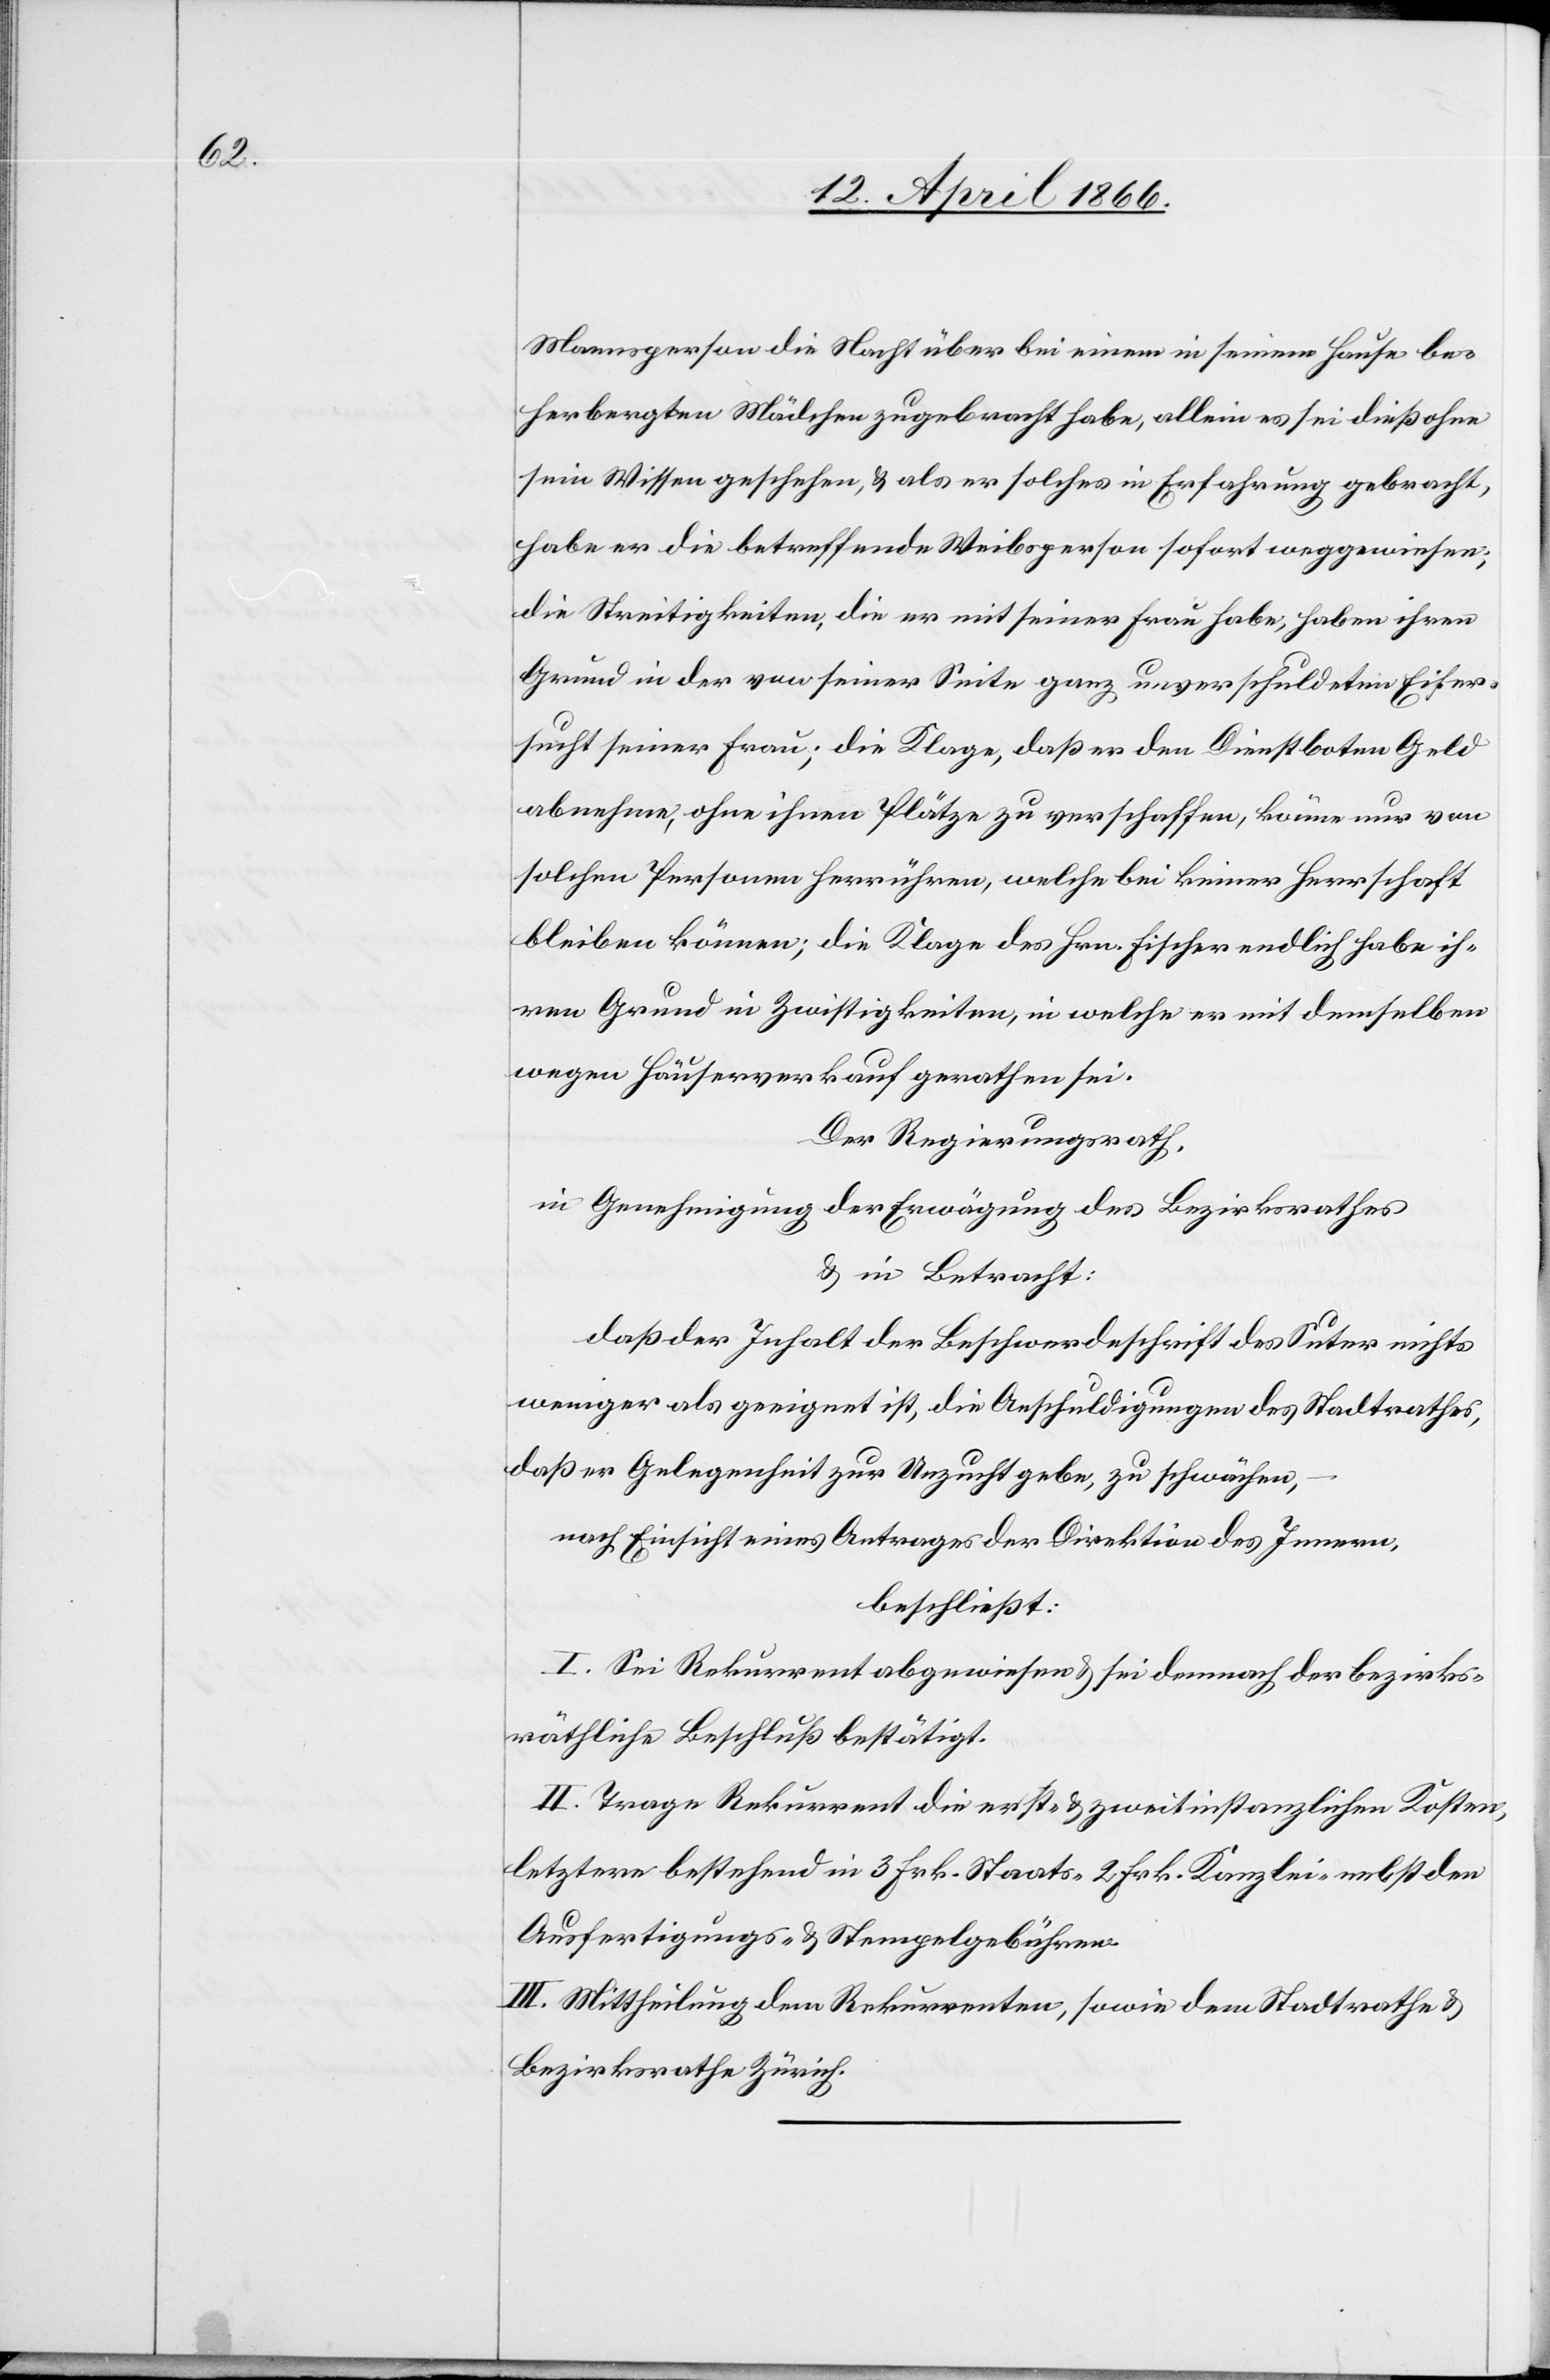
Mannsperson die Nacht über bei einem in seinem Hause be¬
herbergten Mädchen zugebracht habe, allein es sei dieß ohne
sein Wissen geschehen, u. als er solches in Erfahrung gebracht,
habe er die betreffende Weibsperson sofort weggewiesen;
die Streitigkeiten, die er mit seiner Frau habe, haben ihren
Grund in der von seiner Seite ganz unverschuldeten Eifer¬
sucht seiner Frau; die Klage, daß er den Dienstboten Geld
abnehme, ohne ihnen Plätze zu verschaffen, könne nur von
solchen Personen herrühren, welche bei keiner Herrschaft
bleiben können; die Klage des Hrn. Fischer endlich habe ih¬
ren Grund in Zwistigkeiten, in welche er mit demselben
wegen Häuserverkauf gerathen sei.
Der Regierungsrath,
in Genehmigung der Erwägung des Bezirksrathes
u. in Betracht:
daß der Inhalt der Beschwerdeschrift des Suter nichts
weniger als geeignet ist, die Anschuldigungen des Stadtrathes,
daß er Gelegenheit zur Unzucht gebe, zu schwächen,
nach Einsicht eines Antrages der Direktion des Innern,
beschließt:
I. Sei Rekurrent abgewiesen u. sei demnach der bezirks¬
räthliche Beschluß bestätigt.
II. Trage Rekurrent die erst- u. zweitinstanzlichen Kosten,
letztere bestehend in 3 Frk. Staats- 2 Frk. Kanzlei- nebst den
Ausfertigungs- u. Stempelgebühren.
III. Mittheilung dem Rekurrenten, sowie dem Stadtrathe u.
Bezirksrathe Zürich.